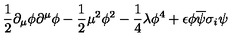
\frac { 1 } { 2 } \partial _ { \mu } \phi \partial ^ { \mu } \phi - \frac { 1 } { 2 } \mu ^ { 2 } \phi ^ { 2 } - \frac { 1 } { 4 } \lambda \phi ^ { 4 } + \epsilon \phi \overline { { \psi } } \sigma _ { i } \psi